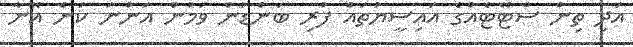
އަދި ތިން ސްޓޭޓެއްގެ އައިސީޔުތައް ފުރި ބަންޑުން ވަމުން އަންނަ ކަން އޭނާ